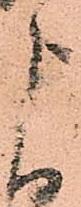
よ